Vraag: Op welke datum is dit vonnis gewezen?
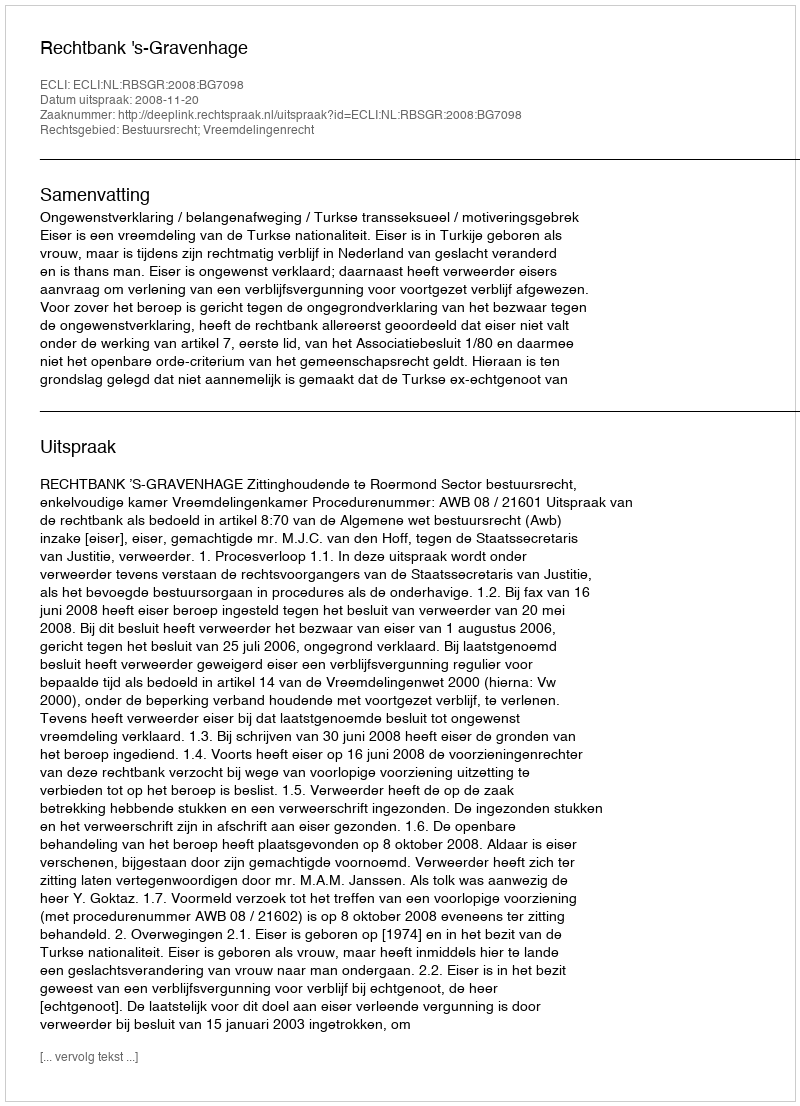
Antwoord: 2008-11-20